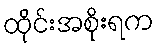
ထိုင်းအစိုးရက